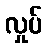
လှုပ်